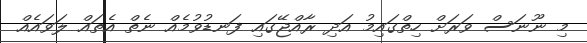
މި ނޫނަސް ވަރަށް ހިތްގައިމު އަދި ރާއްޖޭގައި ފަނޑުވުމެއް ނެތް އެތައް ލަވައެއް